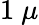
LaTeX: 1~\mu